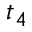
t _ { 4 }